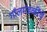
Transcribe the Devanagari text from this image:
गॉलमंडळींचे